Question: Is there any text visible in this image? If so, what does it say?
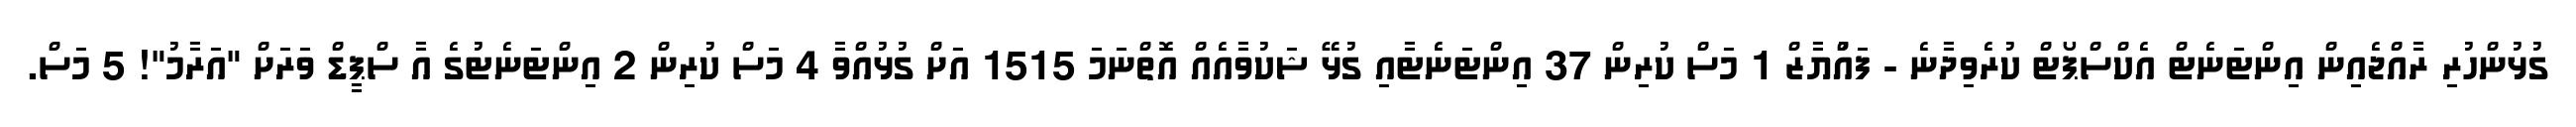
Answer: ގުޅުންހުރި ރާއްޖެއިން އިންޓަނެޓް އެކްސްޕޯޓް ކުރެވިދާނެ - ފައްުޔާޒް 1 މަސް ކުރިން 37 އިންޓަނެޓާއި ގުޅޭ ޝަކުވާއެއް އޮތްނަމަ 1515 އަށް ގުޅުއްވާ 4 މަސް ކުރިން 2 އިންޓަނެޓުގެ އާ ސްޕީޑް ވަރަށް "އަރާމު"! 5 މަސް.